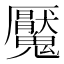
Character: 魘